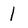
Character: 1